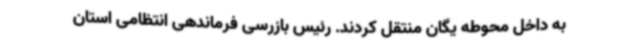
به داخل محوطه یگان منتقل کردند. رئیس بازرسی فرماندهی انتظامی استان